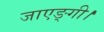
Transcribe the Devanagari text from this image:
जाएङ्गी।